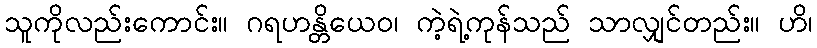
သူကိုလည်းကောင်း။ ဂရဟန္တိယေဝ၊ ကဲ့ရဲ့ကုန်သည် သာလျှင်တည်း။ ဟိ၊